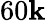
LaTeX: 60\mathbf{k}